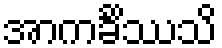
အာကင်္ခိဿသိ